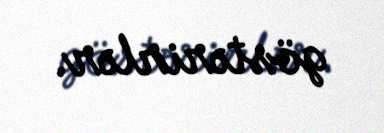
göstərirlər.